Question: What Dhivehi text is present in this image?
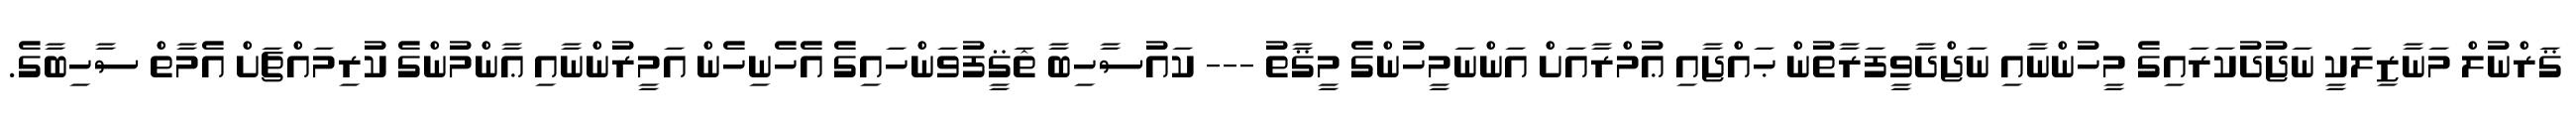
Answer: ޤަރްނުލް މަނާޒިލަކީ ނަޖުދުކަރައިގެ މީހުންނާއި ނަޖްދާވީފަރާތުން ޙައްޖާއި ޢުމްރާއަށް އަންނަމީހުންގެ މީޤާތު --- ކައުސާހިބާ ޘަޤީފުވަންހައިގެ އެހެނިހެން އަމީރުންނާއި ޢާންމުންގެ ކުރިމައްޗަށް އެމާތް ސާހިބާގެ.